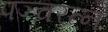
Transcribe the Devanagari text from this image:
पञ्चरत्न